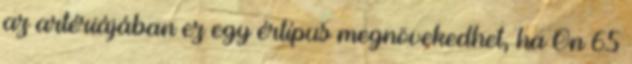
az artériájában ez egy értípus megnövekedhet, ha Ön 65